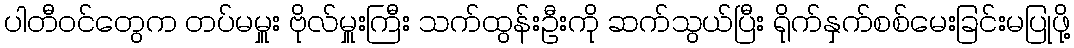
ပါတီဝင်တွေက တပ်မမှူး ဗိုလ်မှူးကြီး သက်ထွန်းဦးကို ဆက်သွယ်ပြီး ရိုက်နှက်စစ်မေးခြင်းမပြုဖို့